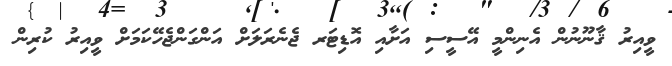
ވީއިރު ޤާނޫނުން އެނިންމީ އޭސީސި އަށާއި އޮޑިޓަރ ޖެނެރަލަށް އަންގަންޖެހޭކަމަށް ވީއިރު ކުރިން